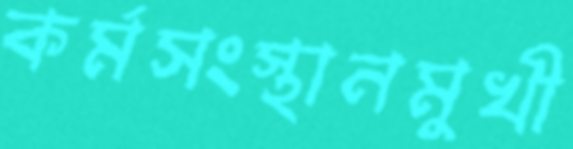
কর্মসংস্থানমুখী